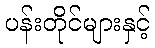
ပန်းတိုင်များနှင့်